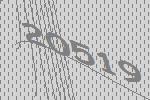
20519